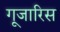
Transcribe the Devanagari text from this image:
गूजारिस